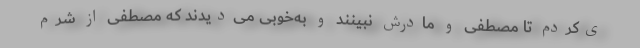
ی‌کردم تا مصطفی و مادرش نبینند و به‌خوبی می‌دیدند که مصطفی از شرم